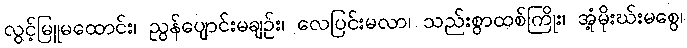
လွင့်မြူမထောင်း၊ ညွန်ပျောင်းမချဉ်း၊ လေပြင်းမလာ၊ သည်းစွာထစ်ကြိုး၊ အုံ့မိုးဃ်းမစွေ၊